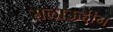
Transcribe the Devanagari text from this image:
सलाऊद्दीन